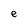
Character: e